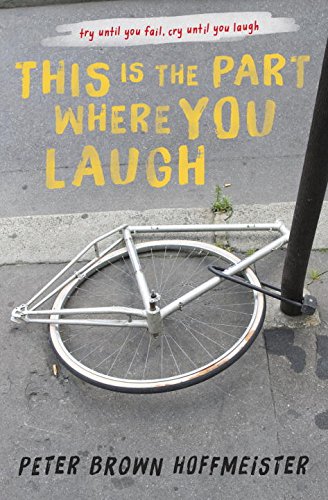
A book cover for This is the Part Where You Laugh; Peter Brown Hoffmeister; Teen & Young Adult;